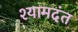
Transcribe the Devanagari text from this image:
श्यामदंत